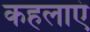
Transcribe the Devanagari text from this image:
कहलाएं